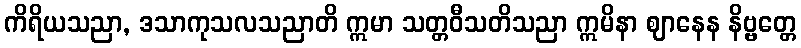
ကိရိယသညာ, ဒသာကုသလသညာတိ ဣမာ သတ္တဝီသတိသညာ ဣမိနာ ဈာနေန နိဗ္ဗတ္တေ